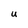
Character: U